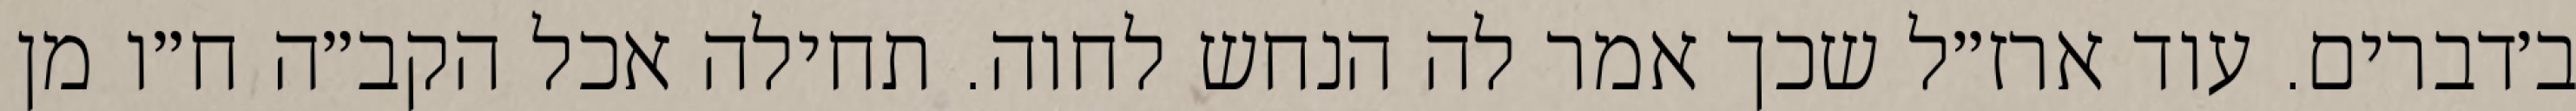
ב׳דברים. עוד ארז״ל שכך אמר לה הנחש לחוה. תחילה אכל הקב״ה ח״ו מן